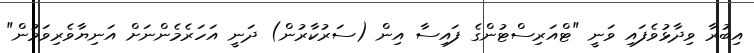
އިބުރާ ވިދާޅުވެފައި ވަނީ "ޓްއަރިސްޓުންގެ ފައިސާ އިން (ސަރުކާރުން) ދަނީ އަހަރެމެންނަށް އަނިޔާވެރިވަމުން"